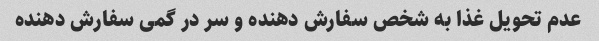
عدم تحویل غذا به شخص سفارش دهنده و سر در گمی سفارش دهنده